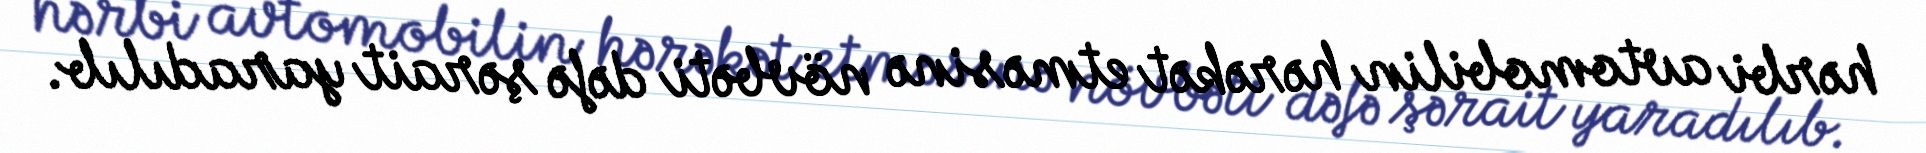
hərbi avtomobilin hərəkət etməsinə növbəti dəfə şərait yaradılıb.